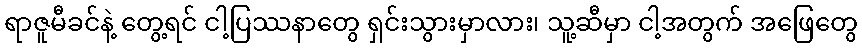
ရာဇူမီခင်နဲ့ တွေ့ရင် ငါ့ပြဿနာတွေ ရှင်းသွားမှာလား၊ သူ့ဆီမှာ ငါ့အတွက် အဖြေတွေ